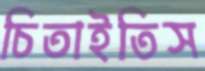
চিতাইতিস